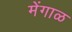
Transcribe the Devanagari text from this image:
मेंगाळ